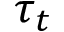
\tau _ { t }